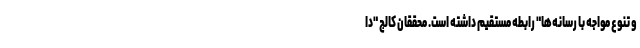
و تنوع مواجه با رسانه‌ها" رابطه مستقیم داشته است. محققان کالج "دا